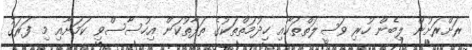
ރަށްރަށުން ލިބެން ހުރި ވަސީލަތްތަކާއި ހިދުމަތްތަކުގެ ތަފާތުކަން އިހުސާސްވި ކަމަށާއި މި ފަރަގު